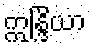
ဣန္ဒြိယာ